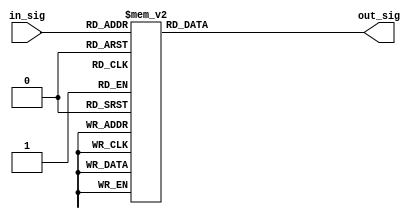
module decoder_3to8 (in_sig, out_sig); 

 
input [2:0] in_sig;
output reg [6:0] out_sig;

	always @(in_sig)
	begin
		case (in_sig)
			3'b000  : out_sig <= 7'b0000000;
			3'b001  : out_sig <= 7'b0000001;
			3'b010  : out_sig <= 7'b0000010;
			3'b011  : out_sig <= 7'b0000100;
			3'b100  : out_sig <= 7'b0001000;
			3'b101  : out_sig <= 7'b0010000;
			3'b110  : out_sig <= 7'b0100000;
			3'b111  : out_sig <= 7'b1000000;
			default : out_sig <= 7'b0000000; 
		endcase
	end

endmodule